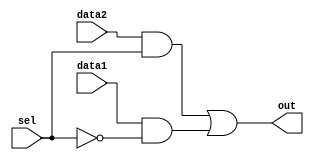
// Copyright (C) 2020  Intel Corporation. All rights reserved.
// Your use of Intel Corporation's design tools, logic functions 
// and other software and tools, and any partner logic 
// functions, and any output files from any of the foregoing 
// (including device programming or simulation files), and any 
// associated documentation or information are expressly subject 
// to the terms and conditions of the Intel Program License 
// Subscription Agreement, the Intel Quartus Prime License Agreement,
// the Intel FPGA IP License Agreement, or other applicable license
// agreement, including, without limitation, that your use is for
// the sole purpose of programming logic devices manufactured by
// Intel and sold by Intel or its authorized distributors.  Please
// refer to the applicable agreement for further details, at
// https://fpgasoftware.intel.com/eula.

// PROGRAM		"Quartus Prime"
// VERSION		"Version 20.1.1 Build 720 11/11/2020 SJ Lite Edition"
// CREATED		"Tue Nov 02 20:08:48 2021"

module mux(
	data1,
	data2,
	sel,
	out
);


input wire	data1;
input wire	data2;
input wire	sel;
output wire	out;

wire	SYNTHESIZED_WIRE_0;
wire	SYNTHESIZED_WIRE_1;
wire	SYNTHESIZED_WIRE_2;




assign	SYNTHESIZED_WIRE_2 = data1 & SYNTHESIZED_WIRE_0;

assign	SYNTHESIZED_WIRE_1 = data2 & sel;

assign	out = SYNTHESIZED_WIRE_1 | SYNTHESIZED_WIRE_2;

assign	SYNTHESIZED_WIRE_0 =  ~sel;


endmodule